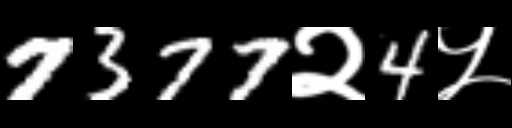
Text: 7377२4५